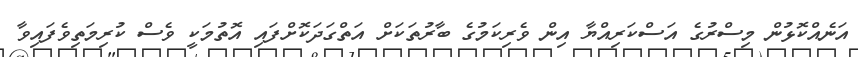
އަނެއްކޮޅުން މިސްރުގެ އަސްކަރިއްޔާ އިން ވެރިކަމުގެ ބާރުތަކަށް އަތްގަދަކޮށްފައި އޮތުމަކީ ވެސް ކުރިމަތިވެފައިވާ